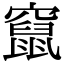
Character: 竄